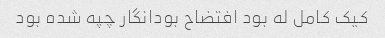
کیک کامل له بود افتضاح بودانگار چپه شده بود